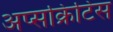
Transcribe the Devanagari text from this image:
अप्सक्रिटिस